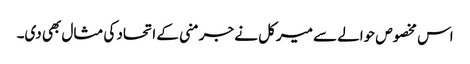
اس مخصوص حوالے سے میرکل نے جرمنی کے اتحاد کی مثال بھی دی۔